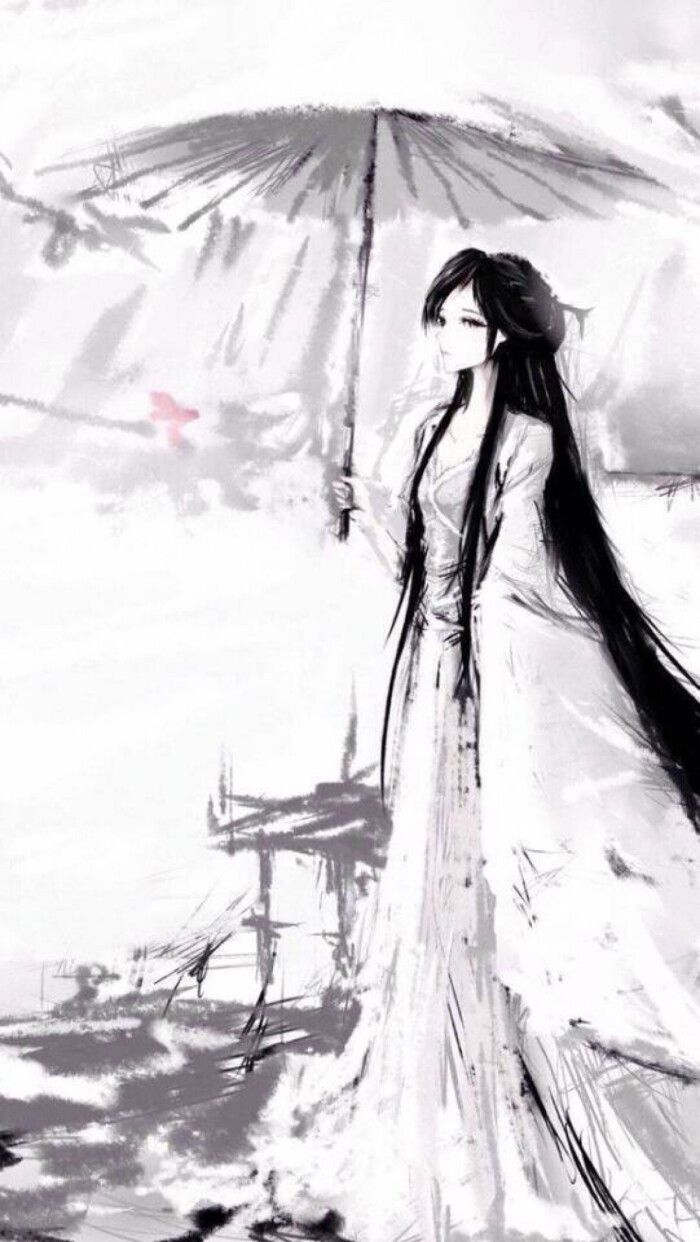
伫倚危楼风细细。望极春愁，黯黯生天际。